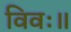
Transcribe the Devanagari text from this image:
विवः॥